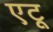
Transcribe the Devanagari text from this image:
एटू